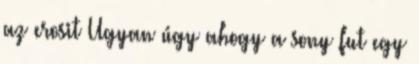
az erosit Ugyan úgy ahogy a sony fut egy